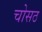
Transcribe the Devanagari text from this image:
चोसठ